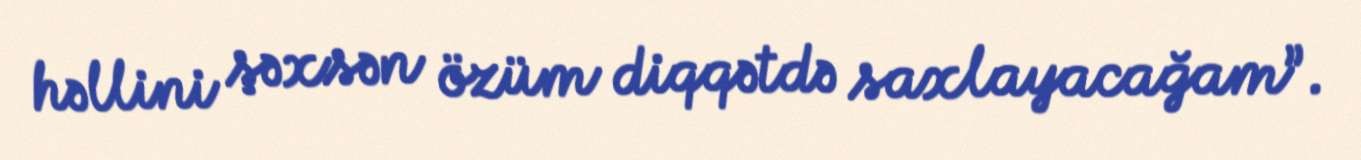
həllini şəxsən özüm diqqətdə saxlayacağam”.